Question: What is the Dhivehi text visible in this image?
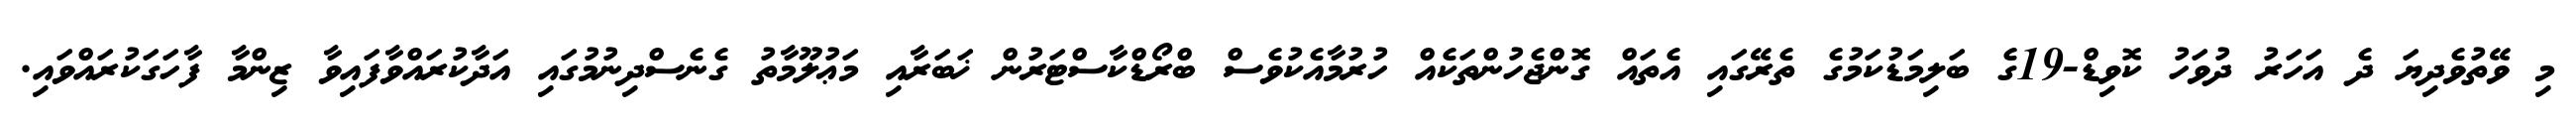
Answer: މި ވޭތުވެދިޔަ ދެ އަހަރު ދުވަހު ކޮވިޑް-19ގެ ބަލިމަޑުކަމުގެ ތެރޭގައި އެތައް ގޮންޖެހުންތަކެއް ހުރުމާއެކުވެސް ބްރޯޑްކާސްޓަރުން ޚަބަރާއި މަޢުލޫމާތު ގެނެސްދިނުމުގައި އަދާކުރައްވާފައިވާ ޒިންމާ ފާހަގަކުރައްވައި.